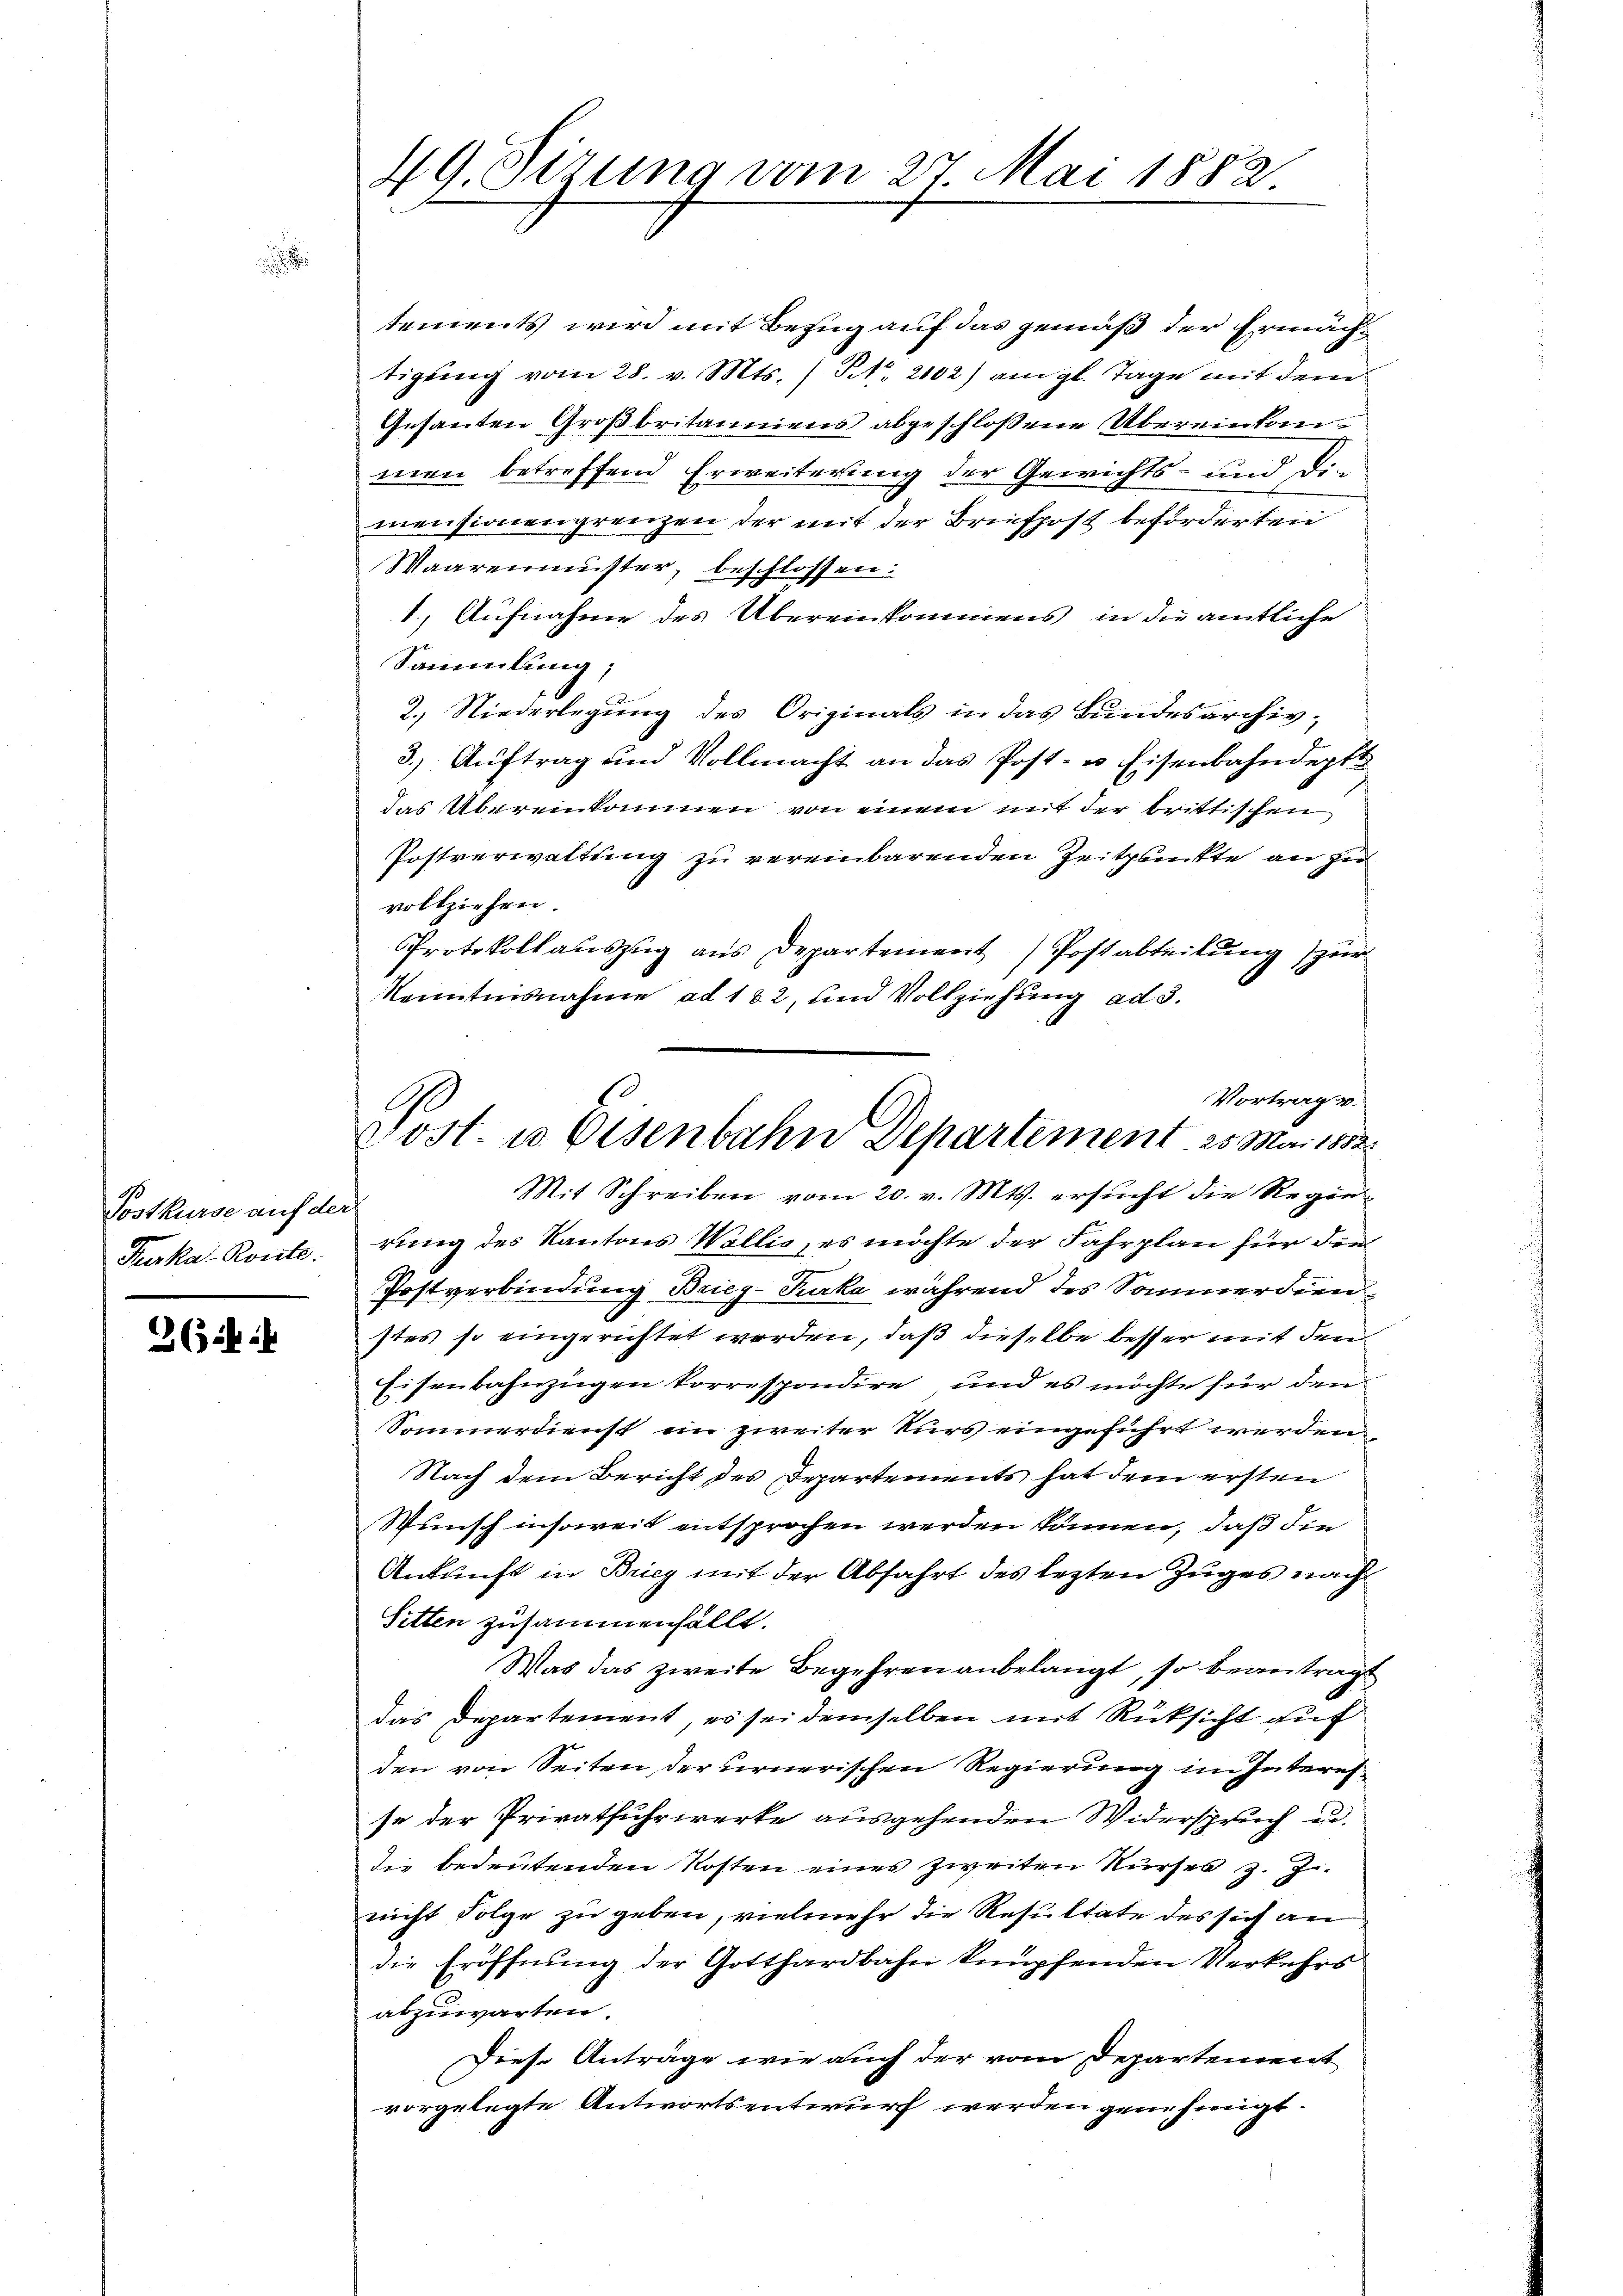
Postkurse auf der
Treska Route.

36 f 24

49. Sizung vom 27. Mai 1882

tements wird mit Bezug auf das gemäß der Ermächtigung vom 28. v. Mts. ) S. 2102) am gl. Tage mit dem
Gesanten Großbritanniens abgeschlossene Übereinkanmen betreffend Erweiterung der Gewichts- und die
mensionen grenzen der mit der Briefpost beförderten
Maarenmuster, beschlossen:
1., Aufnahme des Übereinkommens in die amtliche
Sammlung;
2. Niederlegung des Originals in das Bundesarchiv¬
3.) Auftrag und Vollmacht an das Post- u. Eisenbahndept
das Übereinkommen von einem mit der brittischen
Postverwaltung zu vereinbarenden Zeitpunkte an zu
vollziehen.
Protokollaŭszŭg ans Departement) Postabteilŭng zŭr
Kenntnisnahme ad 162, und Vollziehung ad 3.
Mit Schreiben vom 20. v. Mts. ersucht die Regierung des Kantons Wallis, es möchte der Fahrplan für die
Postverbindung Brieg-Turka während des Sommerdienstes so eingerichtet werden, daß dieselbe besser mit den
Eisenbahnzügen korrespondire, und es möchte für den
Sommerdienst ein zweiter Kurs eingeführt werden,
Nach dem Bericht des Departements hat dem ersten
Wunsch insoweit entsprochen werden können, daß die
Ankunft in Brieg mit der Abfahrt des lezten Zuges nach
Sitten zusammenfällt.
Was das zweite Begehren anbelangt, so beantragt
das Departement, es sei demselben mit Rücksicht auf
den von Seiten, der urnerischen Regierung im Interesse der Privatfuhrwerke ausgehenden Widerspruch u.
die bedeutenden Kosten eines zweiten Kurses z. Z.
nicht Folge zu geben, vielmehr die Resultate des sich an
die Eröffnung der Gotthardbahn knüpfenden Verkehrs
abzuwarten.
Diese Anträge wie auch der vom Departement
vorgelegte Antwortsentwurf werden genehmigt.

Vortrag v.
Post. u. Eisenbahn Departement 25. Mai 1882